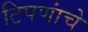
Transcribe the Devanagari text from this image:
टिपणांचे